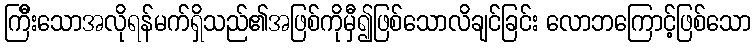
ကြီိးသောအလိုရန်မက်ရှိသည်၏အဖြစ်ကိုမှီ၍ဖြစ်သောလိချင်ခြင်း လောဘကြောင့်ဖြစ်သော